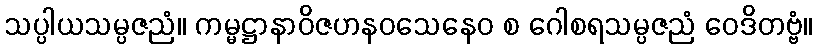
သပ္ပါယသမ္ပဇညံ။ ကမ္မဋ္ဌာနာဝိဇဟနဝသေနေဝ စ ဂေါစရသမ္ပဇညံ ဝေဒိတဗ္ဗံ။